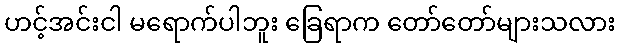
ဟင့်အင်းငါ မရောက်ပါဘူး ခြေရာက တော်တော်များသလား